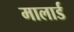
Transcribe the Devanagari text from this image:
मालार्ड